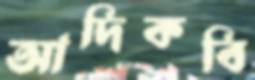
আদিকবি